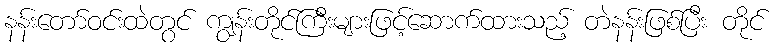
နန်းတော်ဝင်းထဲတွင် ကျွန်းတိုင်ကြီးများဖြင့်ဆောက်ထားသည့် တဲနန်းဖြစ်ပြီး တိုင်